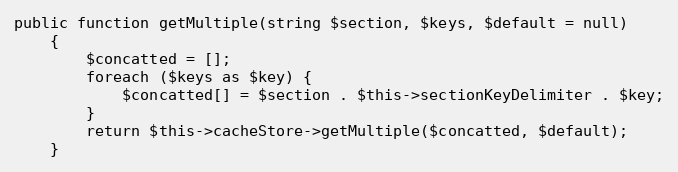
Language: PHP
public function getMultiple(string $section, $keys, $default = null)
    {
        $concatted = [];
        foreach ($keys as $key) {
            $concatted[] = $section . $this->sectionKeyDelimiter . $key;
        }
        return $this->cacheStore->getMultiple($concatted, $default);
    }